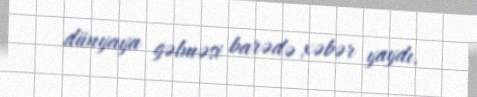
dünyaya gəlməsi barədə xəbər yaydı.